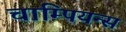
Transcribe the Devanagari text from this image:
चाम्पियन्स